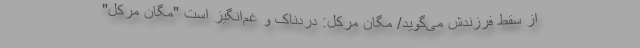
از سقط فرزندش می‌گوید/ مگان مرکل: دردناک و غم‌انگیز است "مگان مرکل"